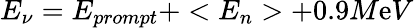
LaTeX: E_{\nu}=E_{prompt}+<E_{n}>+0.9M\mathrm{e}V